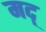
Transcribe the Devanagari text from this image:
मद्